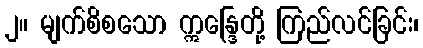
၂။ မျက်စိစသော ဣန္ဒြေတို့ ကြည်လင်ခြင်း၊